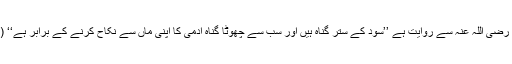
ابو ہریرہ رضی اللہ عنہ سے روایت ہے ’’سود کے ستر گناہ ہیں اور سب سے چھوٹا گناہ آدمی کا اپنی ماں سے نکاح کرنے کے برابر ہے‘‘ (ابن ماجہ۔